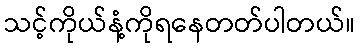
သင့်ကိုယ်နံ့ကိုရနေတတ်ပါတယ်။